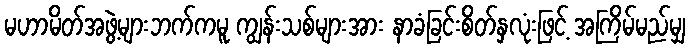
မဟာမိတ်အဖွဲ့များဘက်ကမူ ကျွန်းသစ်များအား နာခံခြင်းစိတ်နှလုံးဖြင့် အကြိမ်မည်မျှ